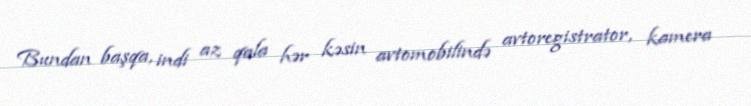
Bundan başqa, indi az qala hər kəsin avtomobilində avtoregistrator, kamera